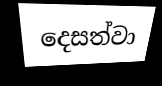
දෙසත්වා